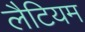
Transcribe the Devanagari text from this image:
लैटियम